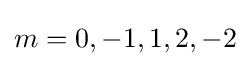
m=0,-1,1,2,-2